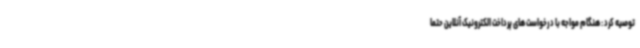
توصیه کرد : هنگام مواجه با درخواست های پرداخت الکترونیک آنلاین حتما